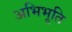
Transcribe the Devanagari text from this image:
अभिभूति